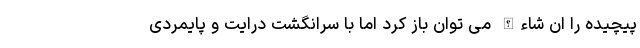
پیچیده را ان شاءالله می توان باز کرد اما با سرانگشت درایت و پایمردی